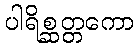
ပါရိစ္ဆတ္တကော